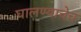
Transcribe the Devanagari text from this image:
घालण्याचेच